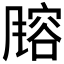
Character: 𬲄